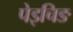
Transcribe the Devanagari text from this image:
पेइचिङ